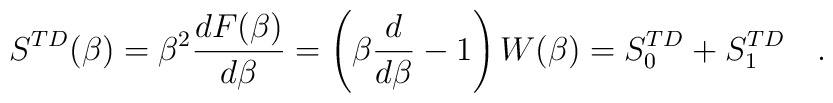
S^{TD}(\beta)=\beta^{2}  {d F(\beta)\over d\beta}  =\left(\beta {d \over	d\beta}-1\right)W(\beta)=S_0^{TD}+S_1^{TD}~~~.